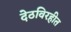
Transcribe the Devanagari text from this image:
देठविरहीत